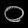
Digit: ၀